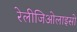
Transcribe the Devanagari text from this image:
रेलीजिओलाइसो